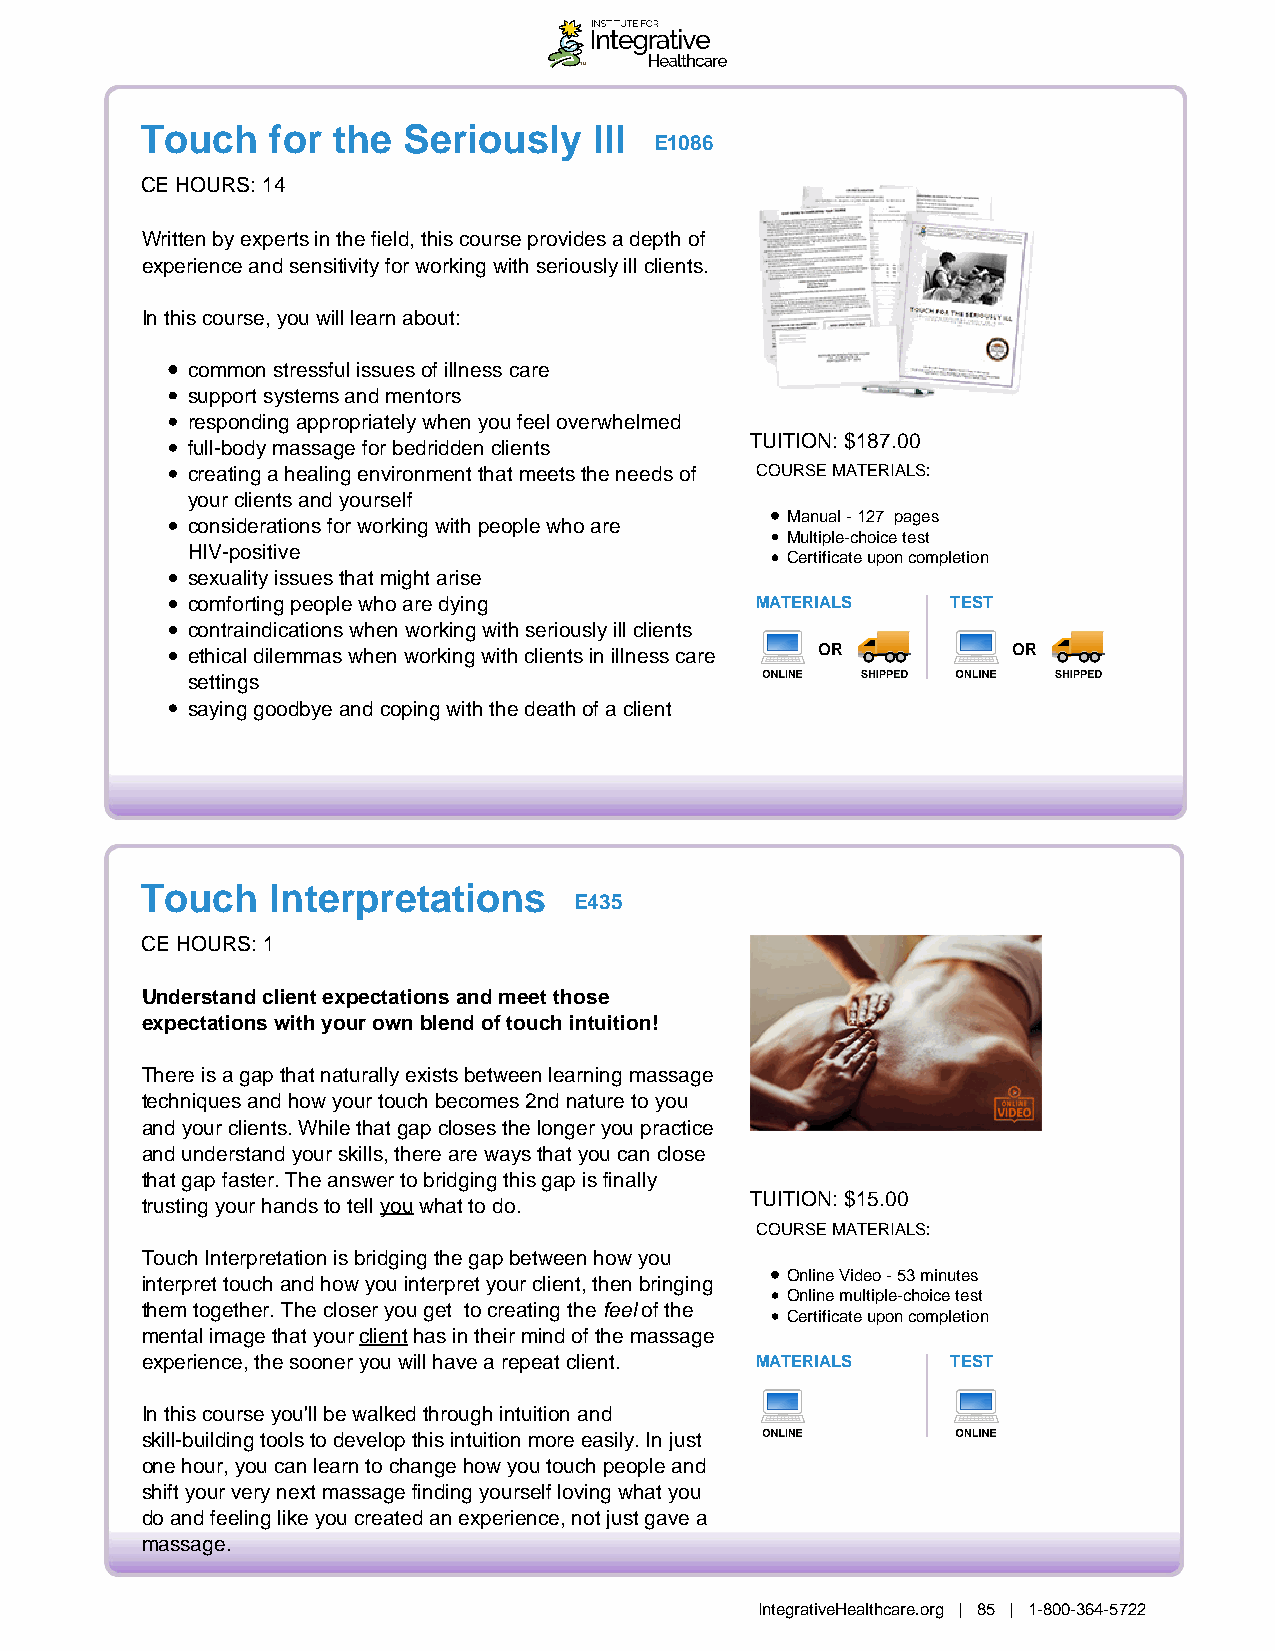
Touch    for the  Seriously   Ill
 E1086
 CE HOURS: 14
 Written by experts in the field, this course provides a depth of
 experience and sensitivity for working with seriously ill clients.
 In this course, you will learn about:
 common stressful issues of illness care
 support systems and mentors
 responding appropriately when you feel overwhelmed
 TUITION: $187.00
 full-body massage for bedridden clients
 creating a healing environment that meets the needs of COURSE MATERIALS:
 your clients and yourself
 Manual - 127 pages
 considerations for working with people who are
 Multiple-choice test
 HIV-positive
 Certificate upon completion
 sexuality issues that might arise
 comforting people who are dying       MATERIALS    TEST
 contraindications when working with seriously ill clients
 ethical dilemmas when working with clients in illness care OR OR
 settings
 saying goodbye and coping with the death of a client
 Touch    Interpretations
 E435
 CE HOURS: 1
 Understand client expectations and meet those
 expectations with your own blend of touch intuition!
 There is a gap that naturally exists between learning massage
 techniques and how your touch becomes 2nd nature to you
 and your clients. While that gap closes the longer you practice
 and understand your skills, there are ways that you can close
 that gap faster. The answer to bridging this gap is finally
 trusting your hands to tell you what to do. TUITION: $15.00
 COURSE MATERIALS:
 Touch Interpretation is bridging the gap between how you
 Online Video - 53 minutes
 interpret touch and how you interpret your client, then bringing
 Online multiple-choice test
 them together. The closer you get to creating the feel of the
 Certificate upon completion
 mental image that your client has in their mind of the massage
 experience, the sooner you will have a repeat client. MATERIALS TEST
 In this course you'll be walked through intuition and
 skill-building tools to develop this intuition more easily. In just
 one hour, you can learn to change how you touch people and
 shift your very next massage finding yourself loving what you
 do and feeling like you created an experience, not just gave a
 massage.
 IntegrativeHealthcare.org | 85 | 1-800-364-5722